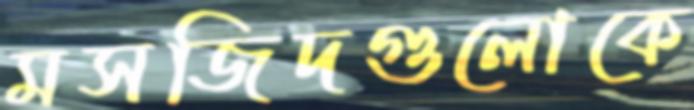
মসজিদগুলোকে